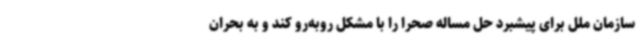
سازمان ملل برای پیشبرد حل مساله صحرا را با مشکل روبه‌رو کند و به بحران